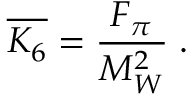
\overline { { { K _ { 6 } } } } = \frac { F _ { \pi } } { M _ { W } ^ { 2 } } \; .